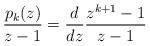
LaTeX: \begin{align*} \frac{p_k(z)}{z-1}=\frac{d}{dz}\frac{z^{k+1}-1}{z-1}\end{align*}